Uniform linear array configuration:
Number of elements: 32
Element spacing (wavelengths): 0.75
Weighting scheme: exponential
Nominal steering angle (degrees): -60
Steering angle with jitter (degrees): -61.026
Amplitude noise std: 0.05
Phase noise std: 0.05

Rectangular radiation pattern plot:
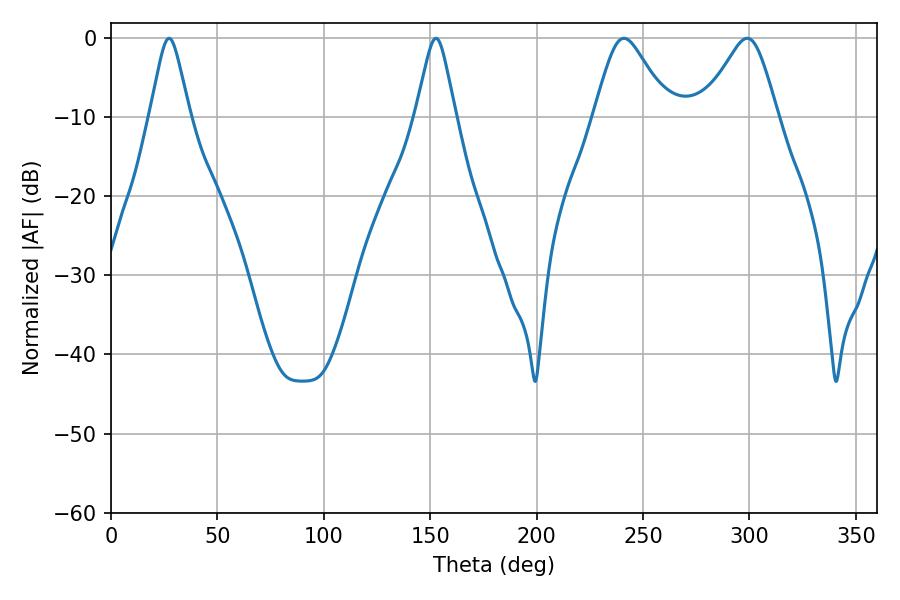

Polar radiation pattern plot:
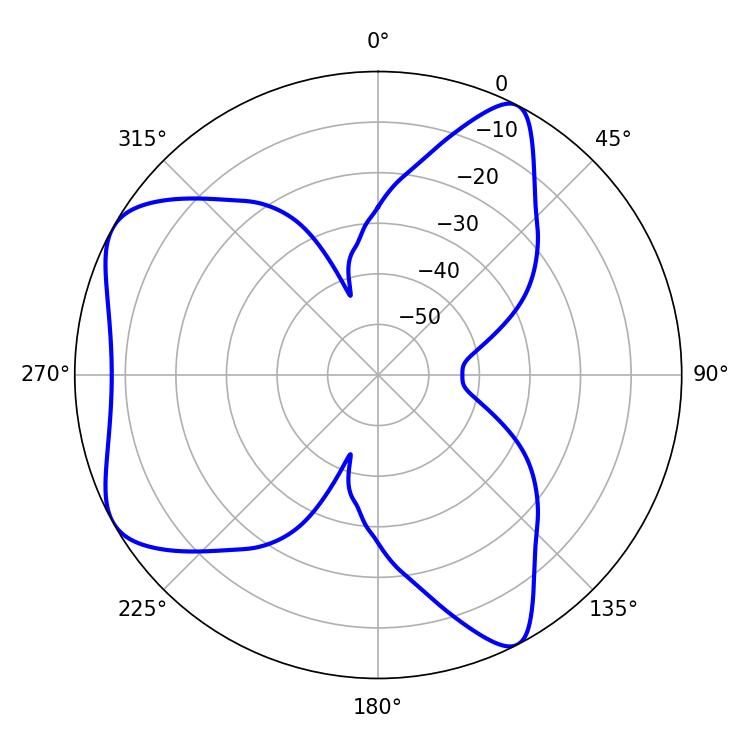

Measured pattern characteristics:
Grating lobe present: TRUE
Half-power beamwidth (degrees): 16.92
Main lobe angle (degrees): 241.02